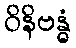
ဝိနိဗန္ဓံ